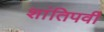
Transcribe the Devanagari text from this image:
शांतिपर्वी